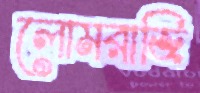
লোমরাজি